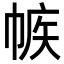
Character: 𢃨